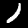
Digit: 1